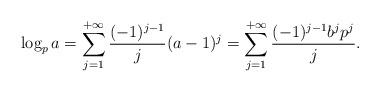
LaTeX: \begin{align*}\log_p a=\sum_{j=1}^{+\infty} \frac{(-1)^{j-1}}{j}(a-1)^j=\sum_{j=1}^{+\infty} \frac{(-1)^{j-1}b^jp^j}{j}.\end{align*}